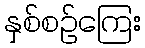
နှစ်စဉ်ကြေး